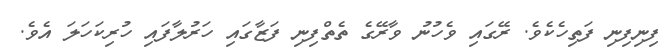
ފިނިފިނި ފަތިހެކެވެ. ރޭގައި ވެހުނު ވާރޭގެ ތެތްފިނި ފަޒާގައި ހަރުލާފައި ހުރިކަހަލަ އެވެ.